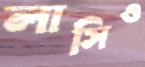
লাসিও